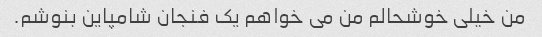
من خیلی خوشحالم من می خواهم یک فنجان شامپاین بنوشم.